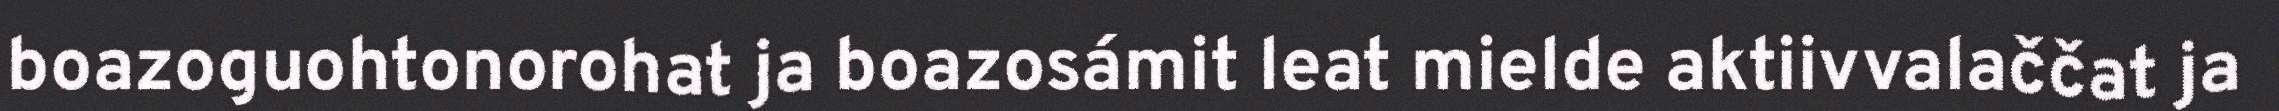
boazoguohtonorohat ja boazosámit leat mielde aktiivvalaččat ja